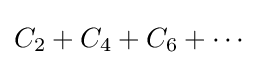
C_{2}+C_{4}+C_{6}+\cdots